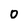
Character: 0